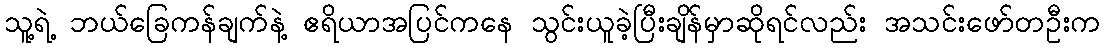
သူ့ရဲ့ ဘယ်ခြေကန်ချက်နဲ့ ဧရိယာအပြင်ကနေ သွင်းယူခဲ့ပြီးချိန်မှာဆိုရင်လည်း အသင်းဖော်တဦးက